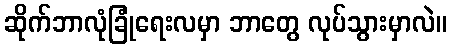
ဆိုက်ဘာလုံခြုံရေးလမှာ ဘာတွေ လုပ်သွားမှာလဲ။